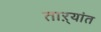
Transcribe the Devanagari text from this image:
ताऱ्यांत